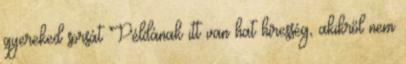
gyereked sorsát Példának itt van hat híresség, akikről nem